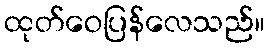
ထုတ်ဝေပြန်လေသည်။